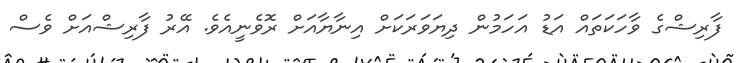
ފާރިޝްގެ ވާހަކަތައް އަޑު އަހަމުން ދިޔަވަރަކަށް އިނާޔާއަށް ރޮވެނީއެވެ. އޭރު ފާރިޝްއަށް ވެސް